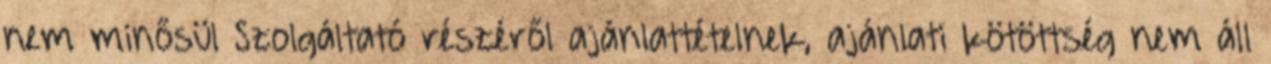
nem minősül Szolgáltató részéről ajánlattételnek, ajánlati kötöttség nem áll